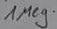
Text: 1Ω